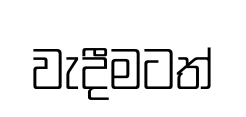
වැදීමටත්